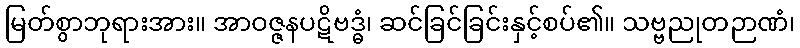
မြတ်စွာဘုရားအား။ အာဝဇ္ဇနပဋိဗဒ္ဓံ၊ ဆင်ခြင်ခြင်းနှင့်စပ်၏။ သဗ္ဗညုတဉာဏံ၊